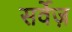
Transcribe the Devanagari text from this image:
सर्वेज़